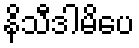
နိသီဒါမိပေ